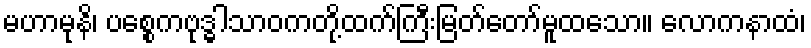
မဟာမုနိ၊ ပစ္စေကဗုဒ္ဓါသာဝကတို့ထက်ကြီးမြတ်တော်မူထသော။ လောကနာထံ၊